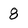
Character: 8